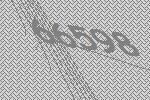
66598